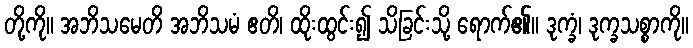
တို့ကို။ အဘိသမေတိ အဘိသမံ ဧတိ၊ ထိုးထွင်း၍ သိခြင်းသို့ ရောက်၏။ ဒုက္ခံ၊ ဒုက္ခသစ္စာကို။